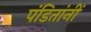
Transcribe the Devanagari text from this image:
पंडितांनीं